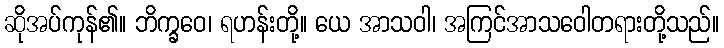
ဆိုအပ်ကုန်၏။ ဘိက္ခဝေ၊ ရဟန်းတို့။ ယေ အာသဝါ၊ အကြင်အာသဝေါတရားတို့သည်။